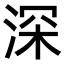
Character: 深